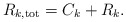
\begin{align*}R_{k,\mathrm{tot}}=C_{k}+R_{k}.\end{align*}